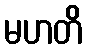
မဟတိ